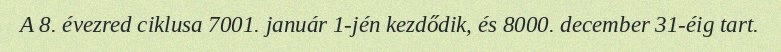
A 8. évezred ciklusa 7001. január 1-jén kezdődik, és 8000. december 31-éig tart.